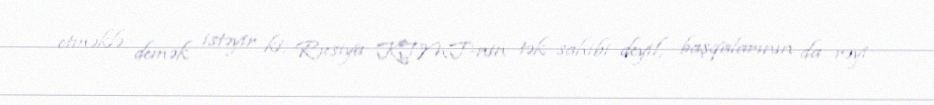
etməklə demək istəyir ki, Rusiya KTMT-nin tək sahibi deyil, başqalarının da rəyi